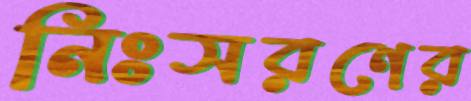
নিঃসরণের